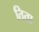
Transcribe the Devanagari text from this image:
तिता